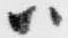
ハ